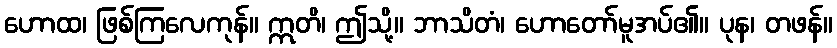
ဟောထ၊ ဖြစ်ကြလေကုန်။ ဣတိ၊ ဤသို့။ ဘာသိတံ၊ ဟောတော်မူအပ်၏။ ပုန၊ တဖန်။